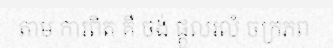
តាម ការពិត គឺ ចង់ ផ្តួលរលំ ចក្រភព